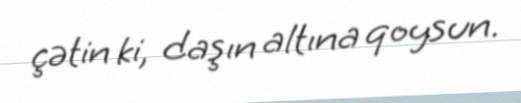
çətin ki, daşın altına qoysun.